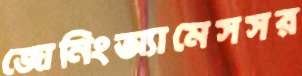
জোনিংঅ্যামেসসর